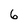
Character: 6